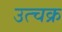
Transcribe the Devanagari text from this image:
उत्चक्र